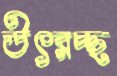
উৎরচ্ছ